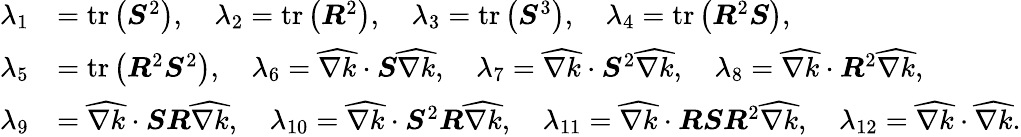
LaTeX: \begin{array}{rl}{\lambda_{1}}&{=\operatorname{tr}\left(\boldsymbol{S}^{2}\right),\quad\lambda_{2}=\operatorname{tr}\left(\boldsymbol{R}^{2}\right),\quad\lambda_{3}=\operatorname{tr}\left(\boldsymbol{S}^{3}\right),\quad\lambda_{4}=\operatorname{tr}\left(\boldsymbol{R}^{2}\boldsymbol{S}\right),}\\ {\lambda_{5}}&{=\operatorname{tr}\left(\boldsymbol{R}^{2}\boldsymbol{S}^{2}\right),\quad\lambda_{6}=\widehat{\nabla k}\cdot\boldsymbol{S}\widehat{\nabla k},\quad\lambda_{7}=\widehat{\nabla k}\cdot\boldsymbol{S}^{2}\widehat{\nabla k},\quad\lambda_{8}=\widehat{\nabla k}\cdot\boldsymbol{R}^{2}\widehat{\nabla k},}\\ {\lambda_{9}}&{=\widehat{\nabla k}\cdot\boldsymbol{S}\boldsymbol{R}\widehat{\nabla k},\quad\lambda_{10}=\widehat{\nabla k}\cdot\boldsymbol{S}^{2}\boldsymbol{R}\widehat{\nabla k},\quad\lambda_{11}=\widehat{\nabla k}\cdot\boldsymbol{R}\boldsymbol{S}\boldsymbol{R}^{2}\widehat{\nabla k},\quad\lambda_{12}=\widehat{\nabla k}\cdot\widehat{\nabla k}.}\end{array}